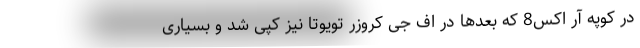
در کوپه آر اکس8 که بعدها در اف جی کروزر تویوتا نیز کپی شد و بسیاری